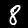
Digit: 8